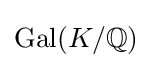
{\text{Gal}}(K/\mathbb {Q} )